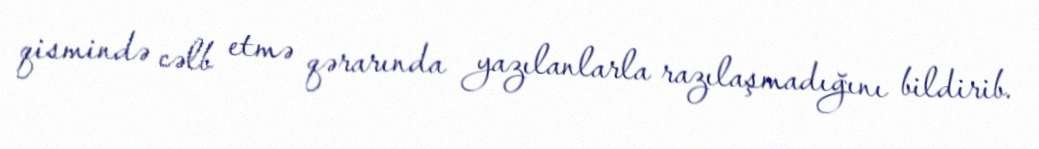
qismində cəlb etmə qərarında yazılanlarla razılaşmadığını bildirib.